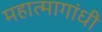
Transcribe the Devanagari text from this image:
महात्मागांधी